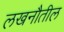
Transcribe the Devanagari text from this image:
लखनौतील